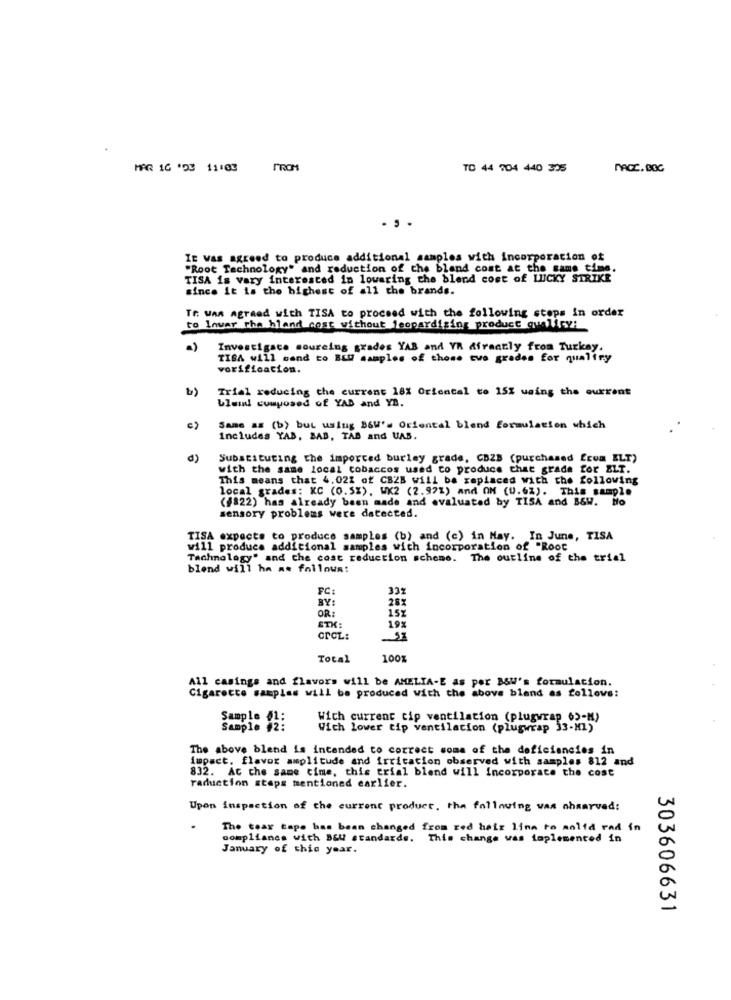
MAR 1G *D3 11103
TO 44 704 440 325
MACC. BOC
. . .
It Was agreed to produce additional samples with incorporation of
"Root Technology" and reduction of the bland cost at the same time.
TISA is vary interested in lowaring the blend cost of LUCKY STRIKE
since it is the highest of all the brands.
Tr wan agraed with TISA to proceed with the following steps in order
to Inver the bland cost without leopardising product quality:
Investigace sourcing grades YAS and YR Afraatly from Turkey.
TIGA will cand to BLU samples of those two grades for qualiry
verificacion.
Trial reducing the current 18% Oriental to 15% using the current
bleil composed of YAB and YB.
Same &# (b) but uslug B&W's Oriental blend formulation which
Includes YAB, BAB, TAB and UAS.
d)
Substituting the imported burley grade, CBZB (purchased from ELT)
with the same local tobaccos used to produce chat grade for ELT.
This means that 4.02% of CBZB will be replaced with the following
local grades: KC (0.5%), WK2 (2.97%) and ON (U.62). This sample
($822) has already been made and evaluated by TISA and B&W. Ho
sensory problems were detected.
TISA expects to produce samples (b) and (c) in May. In June, TISA
will produce additional samples with incorporation of "Root
Technology" and the cost reduction scheme. The outline of the trial
blend will ha as follows:
FC:
332
OR :
152
ETX:
198
CrCL:
Total
100%
All casings and flavors will be AMELIA-E as per B&W's formulation.
Cigarette samples will be produced with the above bland as follows:
Wich current cip ventilation (plugwrap 6)-M)
Sample 41:
sampic
Wich lower tip ventilation (plugwrap 33-M1)
The above blend is intended to correct some of the deficiencies in
impact. flavor amplitude and irritation observed with samples 812 and
832. At the same time, this trial blend will incorporate the cost
raduction steps mentioned earlier.
Upon inspection of the current product, the following vas ahaarved:
The tear tape has been changed from red hair lina to anlid rad in
compliance with BEU standards. This change was implemented in
January of this year.
303606631